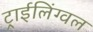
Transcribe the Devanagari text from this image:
ट्राईलिंग्वल